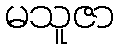
မသူဇာ